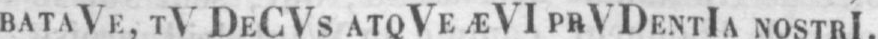
BATAVE, TV DECVS ATQVEÆVI PRVDENTIA NOSTRI.